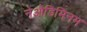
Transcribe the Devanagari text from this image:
नेओडिमिनम